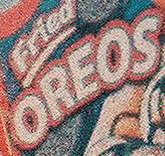
OREOS